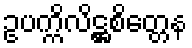
ဥပက္ကိလိဋ္ဌစိတ္တေန